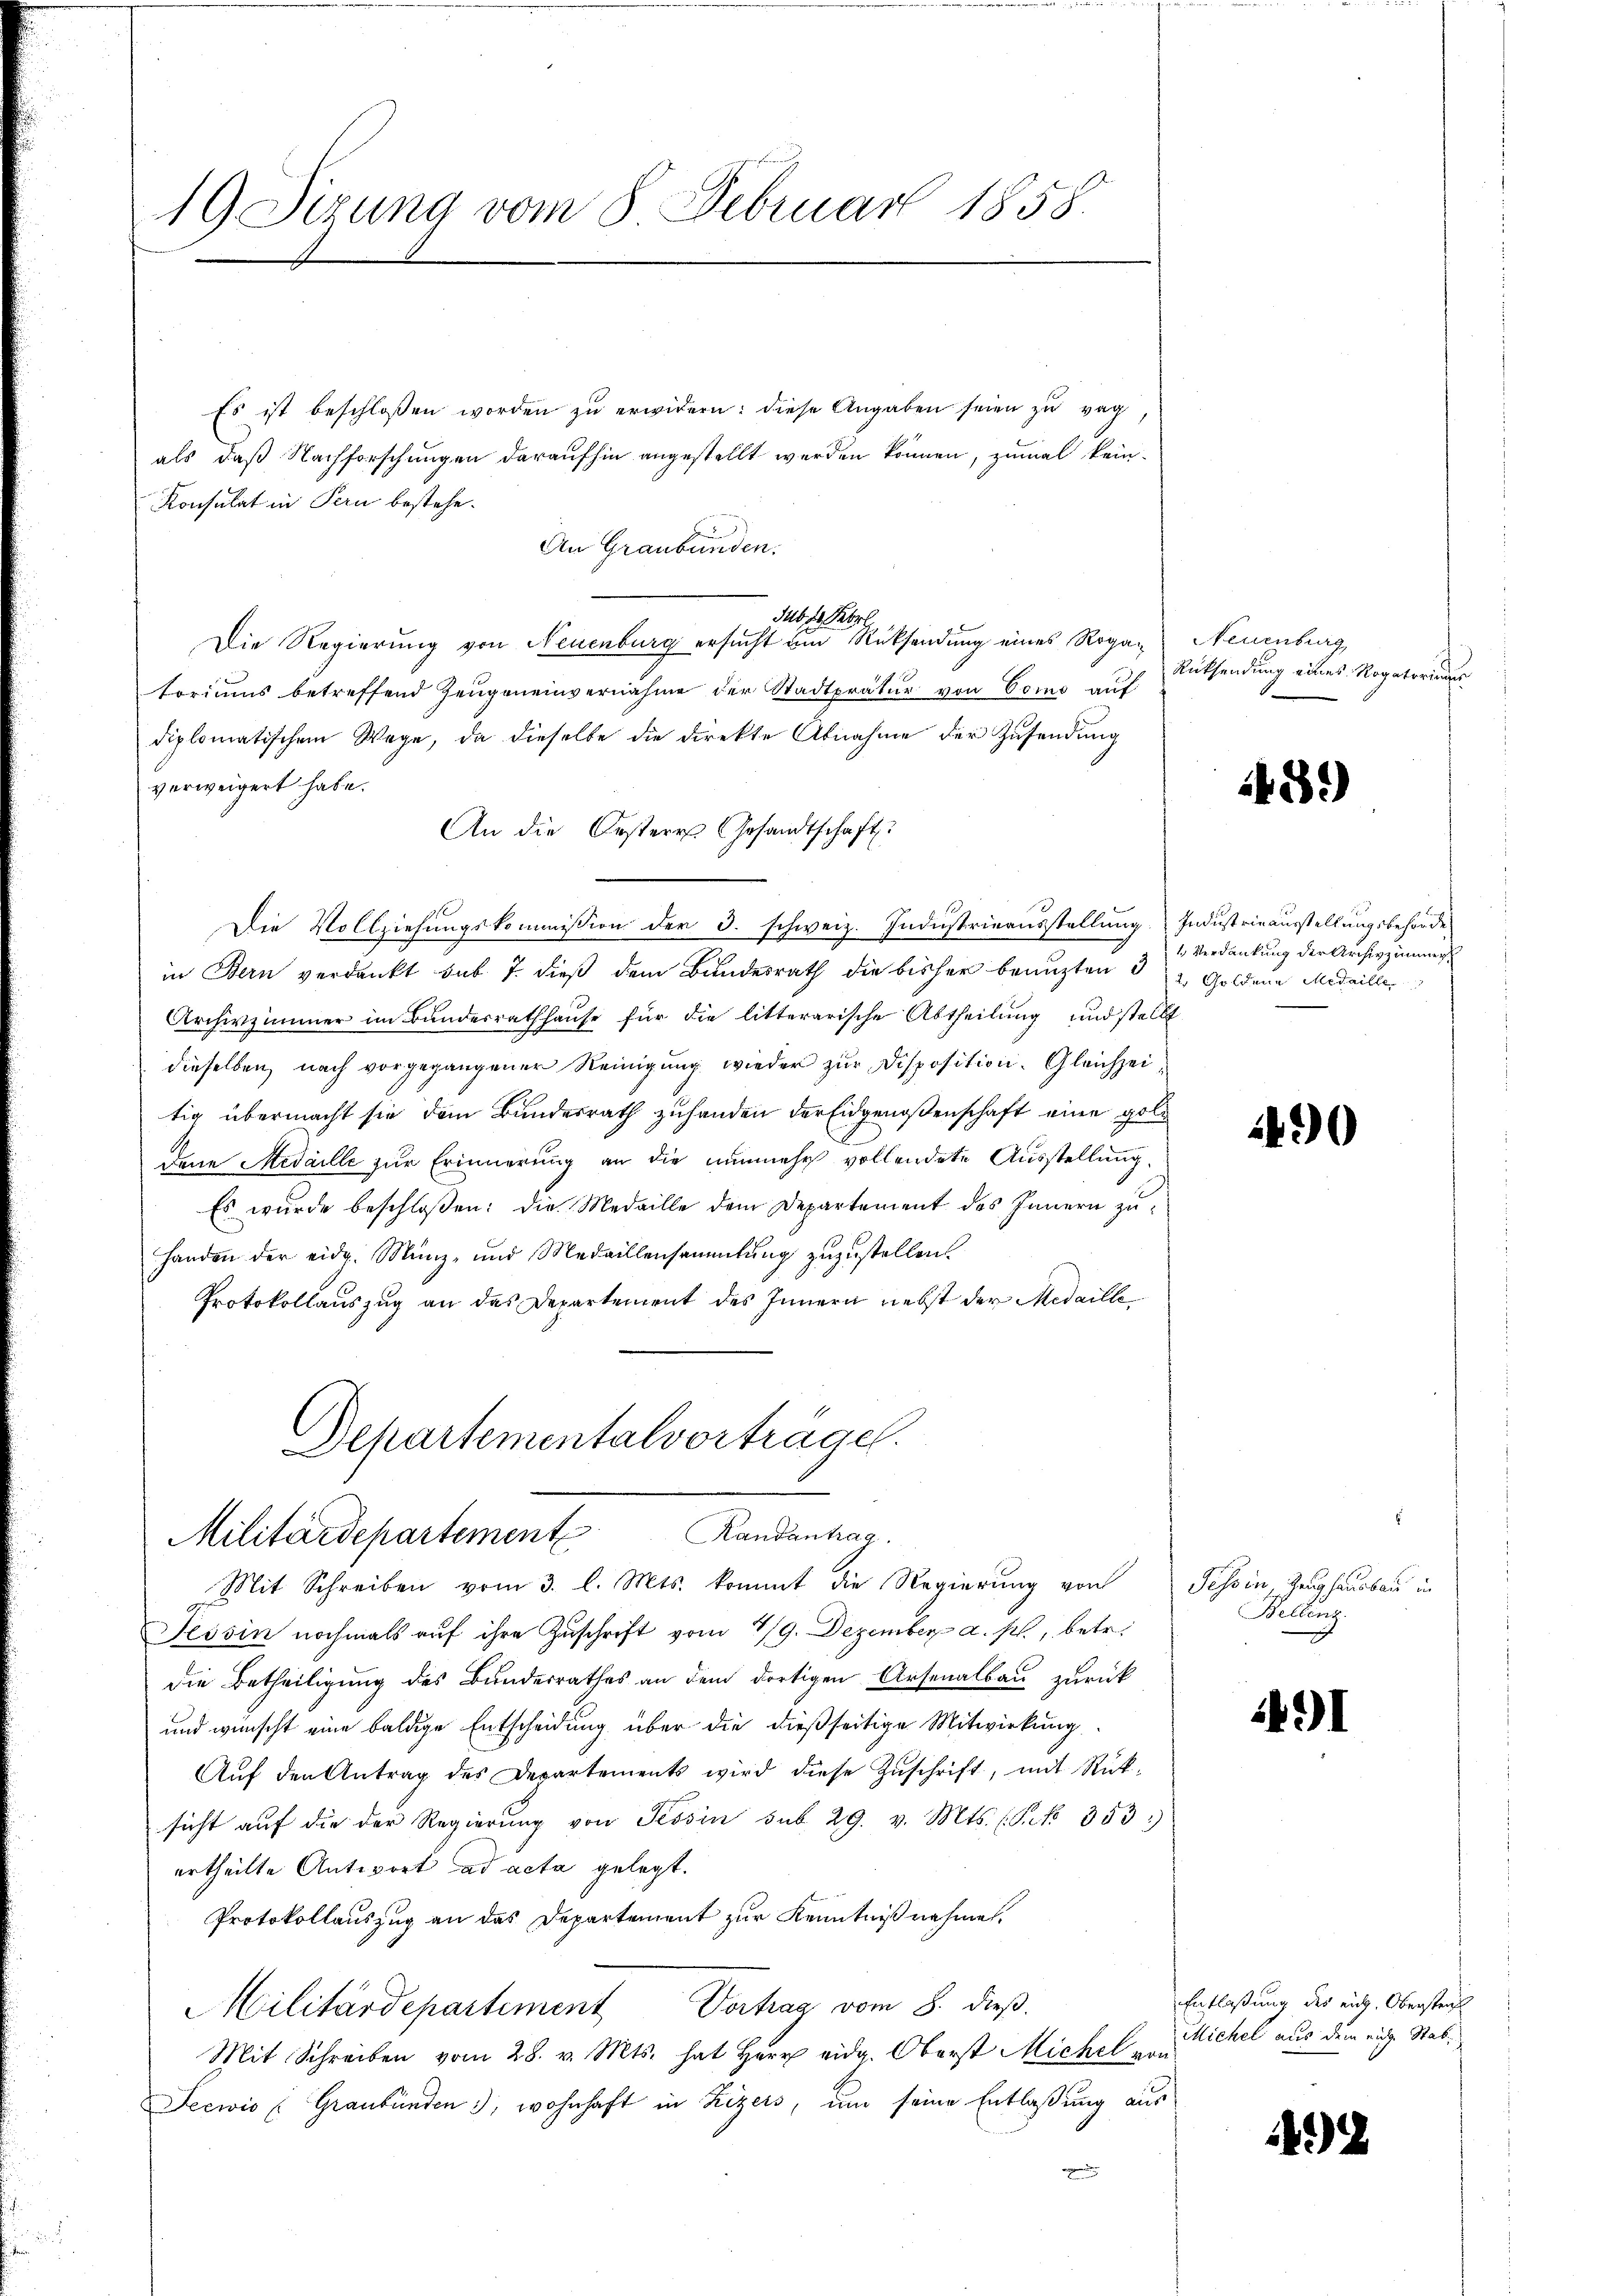
19. Sitzung vom 8. Februar 1858.

Departementalvorträge.
Militärdepartement Randantrag.

Es ist beschlossen worden zu erwidern: diese Angaben seien zu verals, daß Nachforschungen daraufhin angestellt werden können, zumal kein¬
Konsulat in Pern bestehe.
An Graubünden.
Sub d. Febr.
Die Regierung von Neuenburg ersucht und Rücksendung eines Rogatoriums betreffend Zeugeneinvernahme der Stadtprätur von Como auf
diplomatischem Wege, da dieselbe die direkte Abnahme der Zŭsendung
verweigert habe.
An die Oesteres Gesandtschaft
Die Vollziehungskommission der 3. schweiz. Industrieausstellung. Industrieausstellungsbehörde
in Bern verdankt sub. 7. dieß dem Bundesrath die bisher benuzten   Goldena Medaille
Archivzimmer im Bundesrathhaŭse für die litterarische Abtheilung und stellt
dieselben, nach vorgegangener Reinigung wieder zur Disposition. Gleichzeitig übermacht sie dem Bundesrath zuhanden der Eidgenoßenschaft eine gold
dene Medaille zur Erinnerung an die nunmehr vollendete Ausstellung,
Es wurde beschloßen: die Medaille dem Departement des Innern zuhanden der eidg. Münz- und Medaillensammlung zuzustellen.
Protokollauszug an das Departement des Innern nebst der Medaille

Neuenburg
Rücksendung eines Rogatoriums

Mit Schreiben vom 3. l. Mts. kommt die Regierung von Tessin, Zeughausbau in
Tessin nochmals auf ihre Zuschrift vom 4/9. Dezember a. p., betr.
die Betheiligung des Bunderrathes an dem dortigen Arsenalbau zurück
und wünscht eine baldige Entscheidung über die dießseitige Mitwirkung
Aŭf den Antrag des Departements wird diese Zŭschrift, mit Rück-
sicht aŭf die der Regierŭng von Tessin sub 29. v. Mts. (Frk. 353)
ertheilte Antwort ad acta gelegt.
Protokollauszug an das Departement zur Kenntniß nehmen.
Militärdepartement Vortrag vom 8. dieβ.
Mit Schreiben vom 28. v. Mts. hat Herr eidg. Oberst Michel von
Seewis (Graubünden 3), wohnhaft in Zizers, um seine Entlaßung aus

43.)

1. Verdankung der Archivzimmer

1490

.
Bellenz

491

Entlaßung des eich. Oberstraf
Michel aus dem eige Stat¬

492